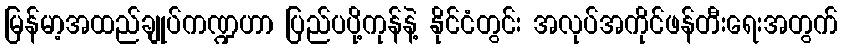
မြန်မာ့အထည်ချုပ်ကဏ္ဍဟာ ပြည်ပပို့ကုန်နဲ့ နိုင်ငံတွင်း အလုပ်အကိုင်ဖန်တီးရေးအတွက်